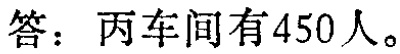
答：丙车间有450人。